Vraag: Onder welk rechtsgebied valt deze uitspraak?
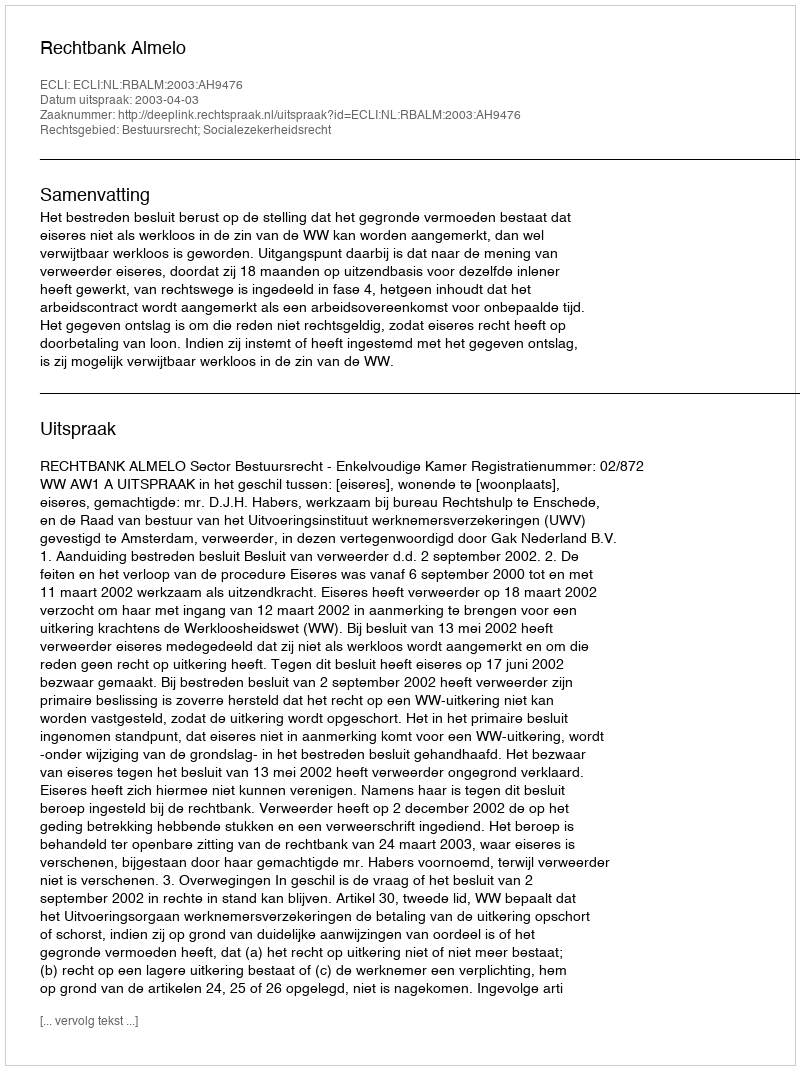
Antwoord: Bestuursrecht; Socialezekerheidsrecht